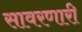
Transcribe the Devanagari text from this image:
सावरणारी